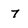
Character: 7